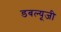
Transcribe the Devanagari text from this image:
डबल्यूजी